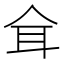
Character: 𦔴